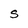
Character: S